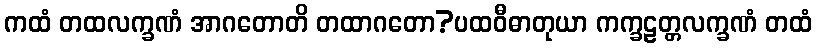
ကထံ တထလက္ခဏံ အာဂတောတိ တထာဂတော?ပထဝီဓာတုယာ ကက္ခဠတ္တလက္ခဏံ တထံ